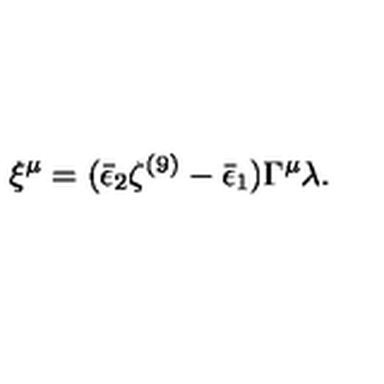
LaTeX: \xi ^ { \mu } = ( \bar { \epsilon } _ { 2 } \zeta ^ { ( 9 ) } - \bar { \epsilon } _ { 1 } ) \Gamma ^ { \mu } \lambda .